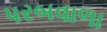
પરબવાળા